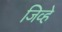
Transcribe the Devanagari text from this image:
जिव्हे